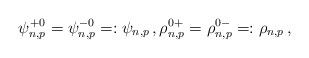
LaTeX: \begin{align*} \psi^{+0}_{n,p}= \psi^{-0}_{n,p}=: \psi_{n,p}\,,\rho^{0+}_{n,p}= \rho^{0-}_{n,p}=: \rho_{n,p}\,,\end{align*}